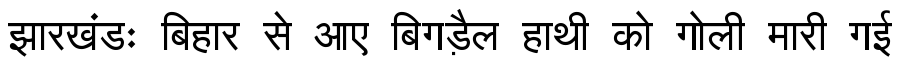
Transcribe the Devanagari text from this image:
झारखंडः बिहार से आए बिगड़ैल हाथी को गोली मारी गई